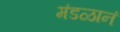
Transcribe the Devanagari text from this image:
मंडळानं